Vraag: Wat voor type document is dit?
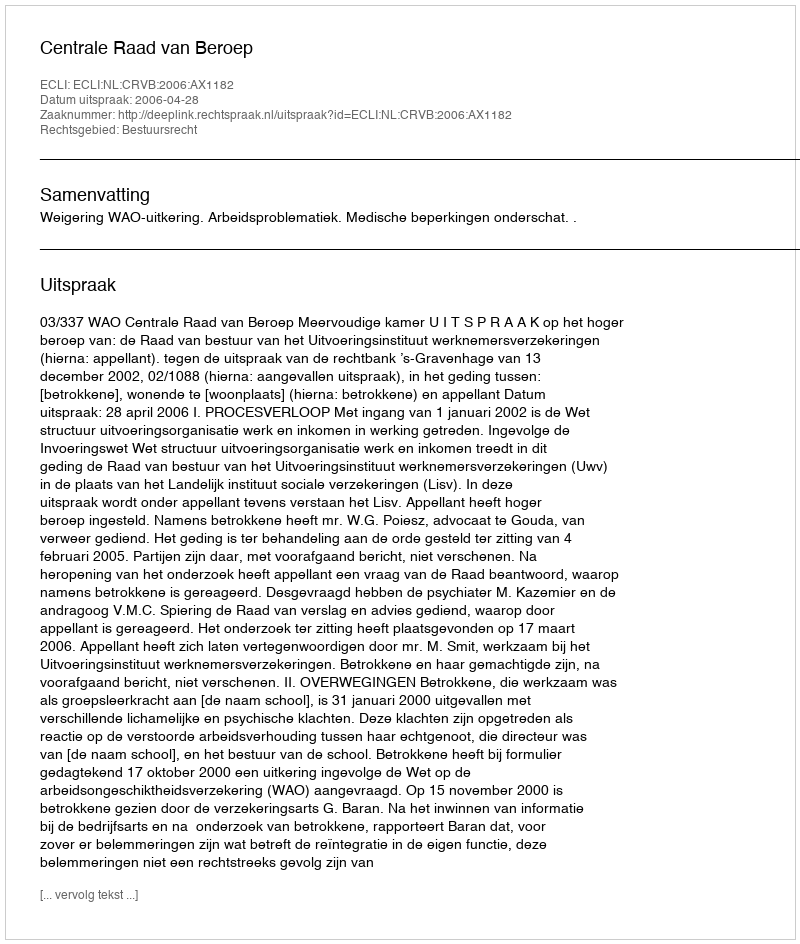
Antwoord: Uitspraak